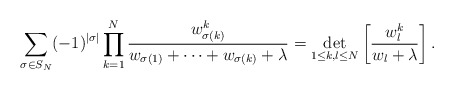
\begin{align*}\sum_{\sigma\in S_N}(-1)^{|\sigma|}\prod_{k=1}^N\frac{w_{\sigma(k)}^{k}}{w_{\sigma(1)}+\dots+w_{\sigma(k)}+\lambda}=\det_{1\leq k,l\leq N}\left[\frac{w_l^k}{w_l+\lambda}\right].\end{align*}